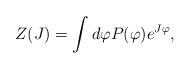
LaTeX: \begin{align*}Z(J)=\int d\varphi P(\varphi)e^{J\varphi},\end{align*}